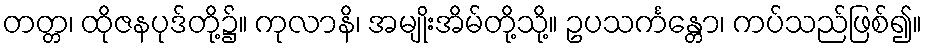
တတ္တ၊ ထိုဇနပုဒ်တို့၌။ ကုလာနိ၊ အမျိုးအိမ်တို့သို့။ ဥပသင်္ကန္တော၊ ကပ်သည်ဖြစ်၍။